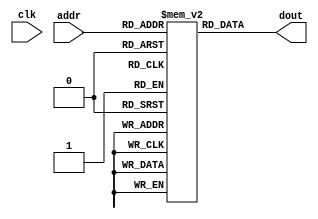
module mem_prog(input wire [7:0] addr,
				input wire clk,
				output wire [15:0] dout);

reg [15:0] memory [0:255];

assign dout = memory[addr];

endmodule